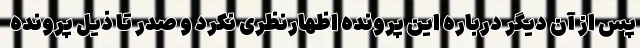
پس از آن دیگر درباره این پرونده اظهارنظری نکرد و صدر تا ذیل پرونده